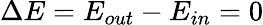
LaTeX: \Delta E=E_{out}-E_{in}=0